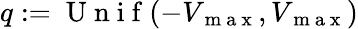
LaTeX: q:=\mathrm{~U~n~i~f~}(-V_{\mathrm{~m~a~x~}},V_{\mathrm{~m~a~x~}})